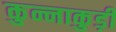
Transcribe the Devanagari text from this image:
कुन्नाकुड़ी